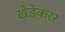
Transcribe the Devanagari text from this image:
खेडेकरर